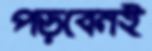
পড়বেনই